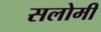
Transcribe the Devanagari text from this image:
सलोमी